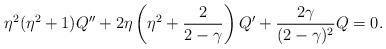
LaTeX: \begin{align*}\eta^2(\eta^2+1)Q''+2\eta\left(\eta^2+{2\over{2-\gamma}}\right)Q'+{{2\gamma}\over{(2-\gamma)^2}}Q=0.\end{align*}